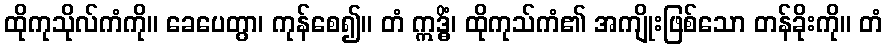
ထိုကုသိုလ်ကံကို။ ခေပေတွာ၊ ကုန်စေ၍။ တံ ဣဒ္ဓိံ၊ ထိုကုသ်ကံ၏ အကျိုးဖြစ်သော တန်ခိုးကို။ တံ